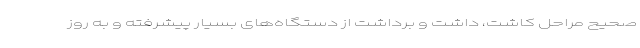
صحیح مراحل کاشت، داشت و برداشت از دستگاه‌های بسیار پیشرفته و به روز